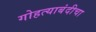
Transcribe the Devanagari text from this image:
गोहत्याबंदीचा